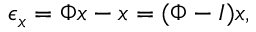
\epsilon _ { x } = \Phi x - x = ( \Phi - I ) x ,